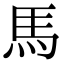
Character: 馬